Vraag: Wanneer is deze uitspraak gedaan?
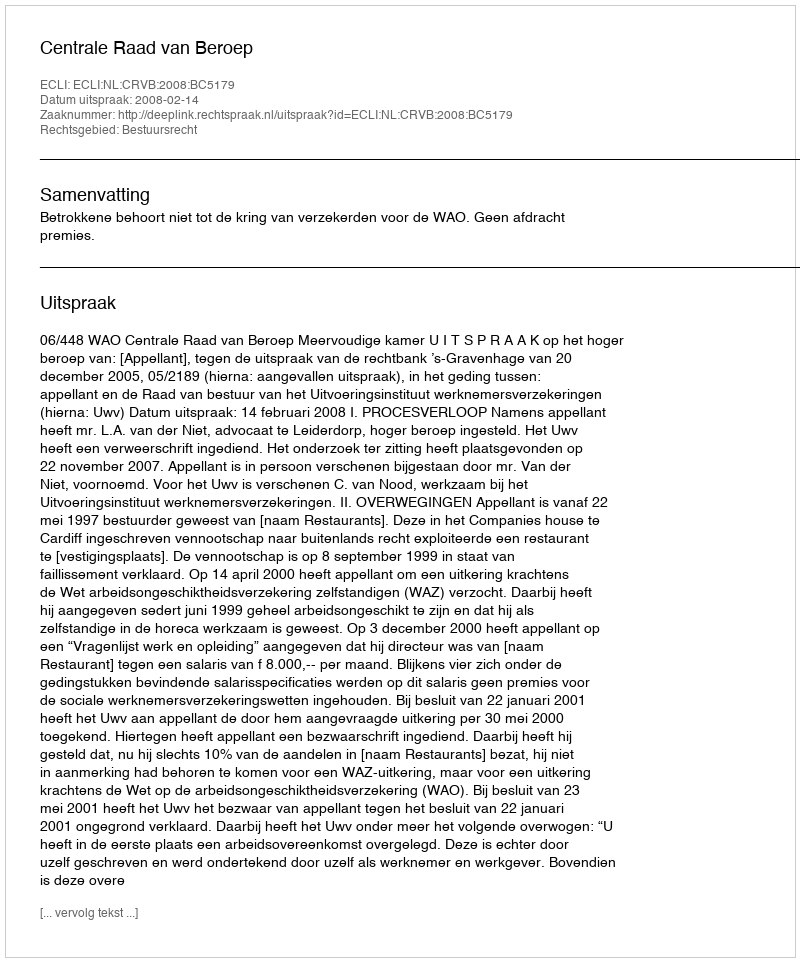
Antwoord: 2008-02-14